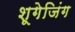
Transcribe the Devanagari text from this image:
शूगेजिंग